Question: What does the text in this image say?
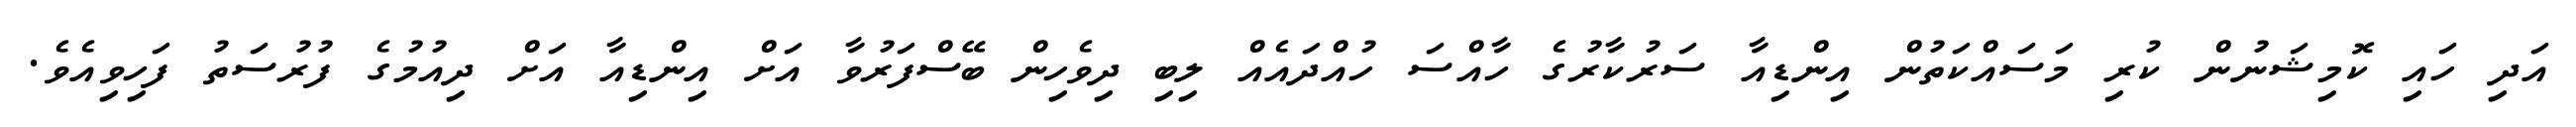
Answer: އަދި ހައި ކޮމިޝަނުން ކުރި މަސައްކަތުން އިންޑިއާ ސަރުކާރުގެ ހާއްސަ ހުއްދައެއް ލިބި ދިވެހިން ބޭސްފަރުވާ އަށް އިންޑިއާ އަށް ދިއުމުގެ ފުރުސަތު ފަހިވިއެވެ.